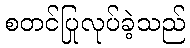
စတင်ပြုလုပ်ခဲ့သည်